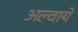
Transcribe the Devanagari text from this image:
अल्वाये